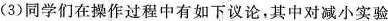
(3)同学们在操作过程中有如下议论，其中对减小实验